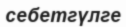
себетгүлге